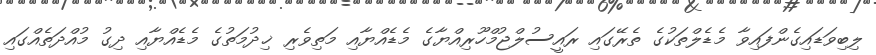
ލިބިވަޑައިގެންފައިވާ މެޑެލްތަކުގެ ތެރޭގައި ރައީސުލްޖުމްހޫރިއްޔާގެ މެޑެއްޔާއި މަތިވެރި ޚިދުމަތުގެ މެޑެއްޔާއި ދިގު މުއްދަތެއްގައި